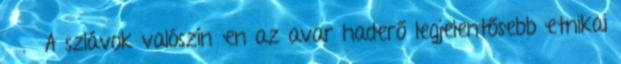
. A szlávok valószínűen az avar haderő legjelentősebb etnikai